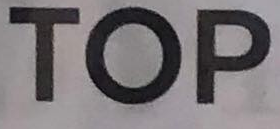
TOP